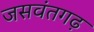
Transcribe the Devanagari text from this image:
जसवंतगढ़